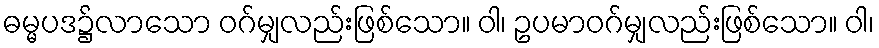
ဓမ္မပဒ၌လာသော ဝဂ်မျှလည်းဖြစ်သော။ ဝါ၊ ဥပမာဝဂ်မျှလည်းဖြစ်သော။ ဝါ၊